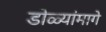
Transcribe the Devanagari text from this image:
डोळ्यांमागे